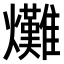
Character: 𤓌